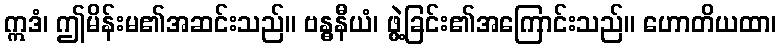
ဣဒံ၊ ဤမိန်းမ၏အဆင်းသည်။ ဗန္ဓနီယံ၊ ဖွဲ့ခြင်း၏အကြောင်းသည်။ ဟောတိယထာ၊